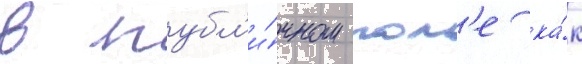
в публ'и́чном пол'е ка́к